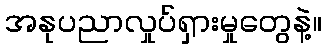
အနုပညာလှုပ်ရှားမှုတွေနဲ့။